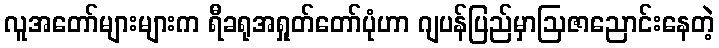
လူအတော်များများက ရီခရုအရှုတ်တော်ပုံဟာ ဂျပန်ပြည်မှာဩဇာညောင်းနေတဲ့